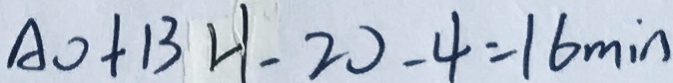
A O + B H - 2 0 - 4 = 1 6 \min